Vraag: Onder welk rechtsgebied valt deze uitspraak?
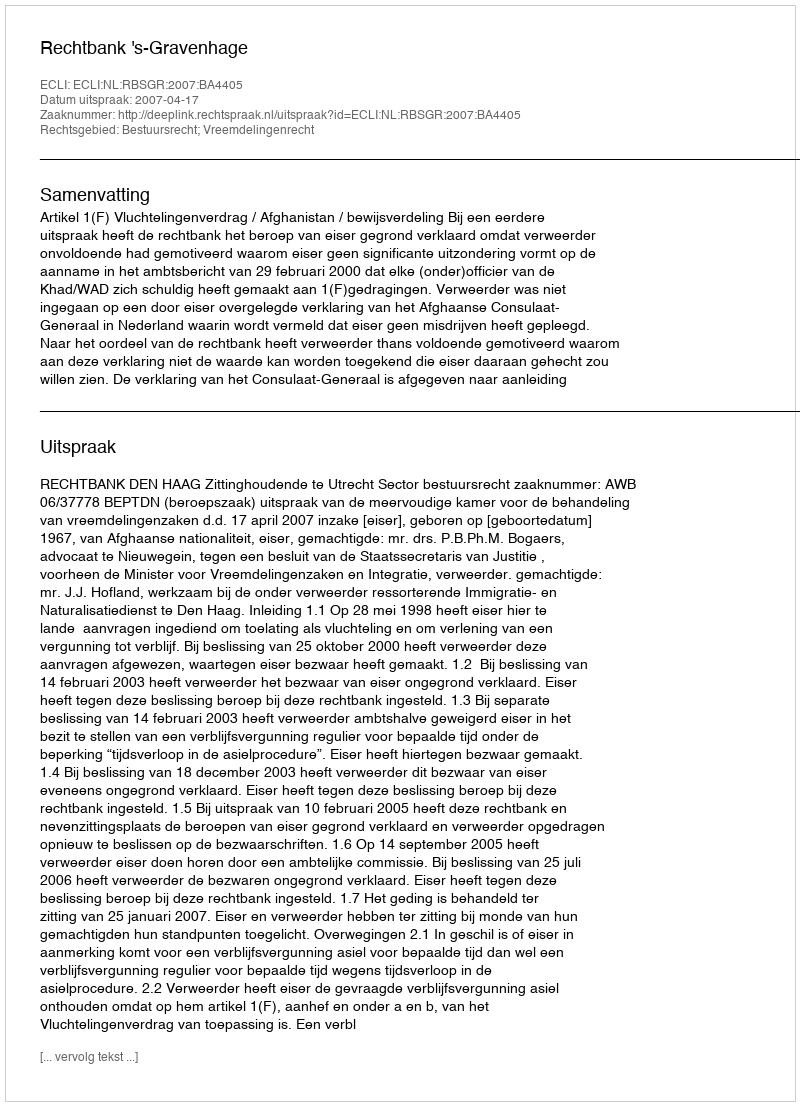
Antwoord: Bestuursrecht; Vreemdelingenrecht